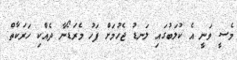
މެސީ ވަނީ އެ ކުލަބުގައި ލަނޑު ޖެހުމަށް ފަހު މެރަޑޯނާ ދެއްކި ހަރަކާތް